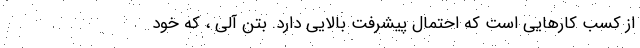
از کسب کارهایی است که احتمال پیشرفت بالایی دارد. بتن آلی ، که خود